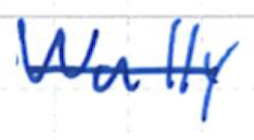
Text: Wally
Cross-out: single-line
Writing tool: ballpoint